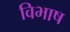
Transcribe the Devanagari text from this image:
विभाष